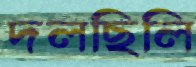
দলছিলি